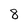
Character: 8